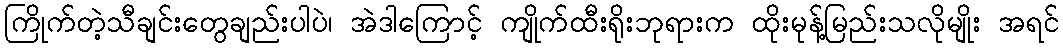
ကြိုက်တဲ့သီချင်းတွေချည်းပါပဲ၊ အဲဒါကြောင့် ကျိုက်ထီးရိုးဘုရားက ထိုးမုန့်မြည်းသလိုမျိုး အရင်